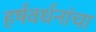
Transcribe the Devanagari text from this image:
हर्षवर्धनांचा